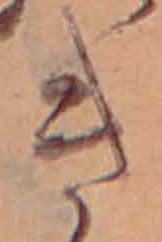
き